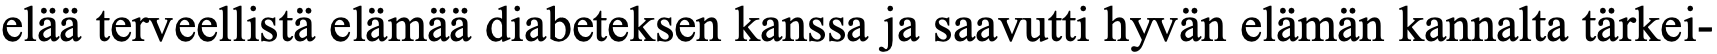
elää terveellistä elämää diabeteksen kanssa ja saavutti hyvän elämän kannalta tärkei-